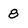
Character: 8